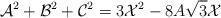
LaTeX: \begin{align*}\mathcal{A}^2+\mathcal{B}^2+\mathcal{C}^2=3\mathcal{X}^2-8A\sqrt{3}\mathcal{X}\end{align*}